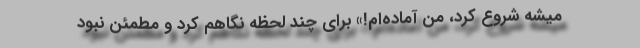
میشه شروع کرد، من آماده‌ام!» برای چند لحظه نگاهم کرد و مطمئن نبود